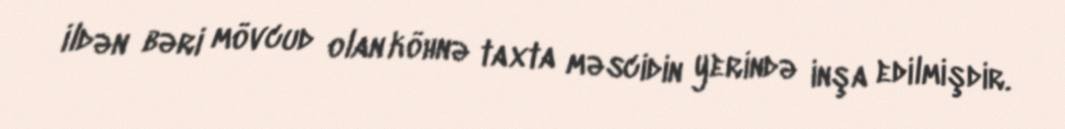
ildən bəri mövcud olan köhnə taxta məscidin yerində inşa edilmişdir.